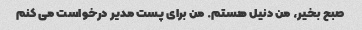
صبح بخیر، من دنیل هستم. من برای پست مدیر درخواست می کنم